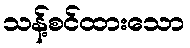
သန့်စင်ထားသော